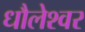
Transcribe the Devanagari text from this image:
धौलेश्वर